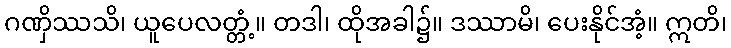
ဂဏှိဿသိ၊ ယူပေလတ္တံ့။ တဒါ၊ ထိုအခါ၌။ ဒဿာမိ၊ ပေးနိုင်အံ့။ ဣတိ၊